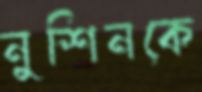
নুশিনকে